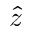
\hat { z }